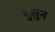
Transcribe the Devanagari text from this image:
भुलुन